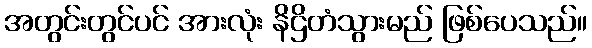
အတွင်းတွင်ပင် အားလုံး နိဌိတံသွားမည် ဖြစ်ပေသည်။